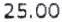
25.00